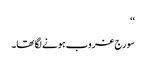
‘‘
سورج غروب ہونے لگا تھا۔